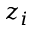
z _ { i }